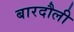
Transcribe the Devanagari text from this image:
बारदौली